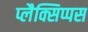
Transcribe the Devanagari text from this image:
प्लैक्सिप्पस